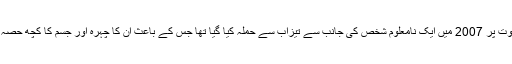
کنگنا کی بہن رنگولی رناوت پر 2007 میں ایک نامعلوم شخص کی جانب سے تیزاب سے حملہ کیا گیا تھا جس کے باعث ان کا چہرہ اور جسم کا کچھ حصہ بری طرح جھلس گیا تھا۔